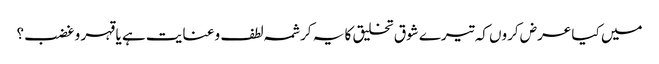
میں کیا عرض کروں کہ تیرے شوق تخلیق کا یہ کرشمہ لطف و عنایت ہے یا قہر و غضب؟